Indian journal of veterinary science and animal husbandry - Volumes 15-17, 1948-1951
Year: 1948
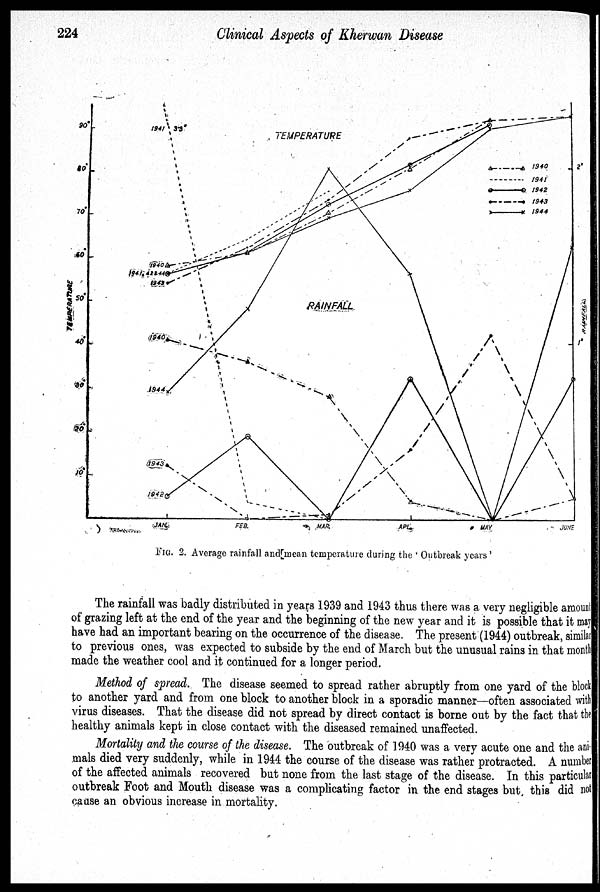
224
Clinical Aspects of Kherwan Disease
FIG. 2. Average rainfall and mean temperature during the Outbreak years'
The rainfall was badly distributed in years 1939 and 1943 thus there was a very negligible amount
of grazing left at the end of the year and the beginning of the new year and it is possible that it may
have had an important bearing on the occurrence of the disease. The present (1944) outbreak, similar
to previous ones, was expected to subside by the end of March but the unusual rains in that month
made the weather cool and it continued for a longer period.
Method of spread. The disease seemed to spread rather abruptly from one yard of the block
to another yard and from one block to another block in a sporadic manner—often associated with
virus diseases. That the disease did not spread by direct contact is borne out by the fact that the
healthy animals kept in close contact with the diseased remained unaffected.
Mortality and the course of the disease. The outbreak of 1940 was a very acute one and the an
mals died very suddenly, while in 1944 the course of the disease was rather protracted. A number
of the affected animals recovered but none from the last stage of the disease. In this particular
outbreak Foot and Mouth disease was a complicating factor in the end stages but this did not
cause an obvious increase in mortality.